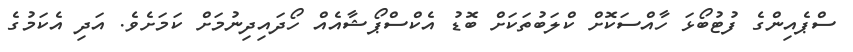
ސްޕެއިންގެ ފުޓުބޯޅަ ހާއްސަކޮށް ކްލަބުތަކަށް ބޮޑު އެކްސްޕޯޝާއެއް ހޯދައިދިނުމަށް ކަމަށެވެ. އަދި އެކަމުގެ